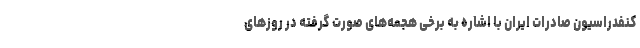
کنفدراسیون صادرات ایران با اشاره به برخی هجمه‌های صورت گرفته در روزهای